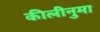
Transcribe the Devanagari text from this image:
कीलीनुमा